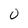
Character: 0